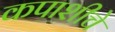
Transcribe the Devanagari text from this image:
कपाशीचे